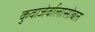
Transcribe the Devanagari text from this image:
कुवाजेर्वालासोबत